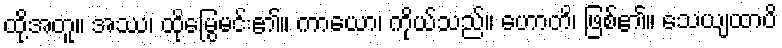
ထို့အတူ။ အဿ၊ ထိုမြွေမင်း၏။ ကာယော၊ ကိုယ်သည်။ ဟောတိ၊ ဖြစ်၏။ သေယျထာပိ